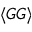
\langle G G \rangle